Sketch of the medical history of the native army of Bombay, for the year
Year: 1875
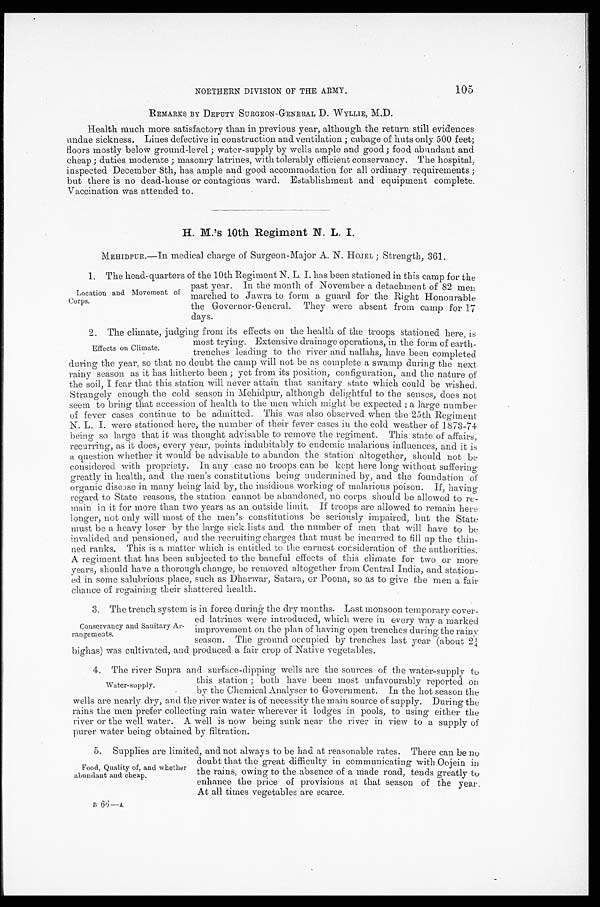
NORTHERN DIVISION OF THE ARMY.
105
REMARKS BY DEPUTY SURGEON-GENERAL D. WYLLIE, M.D.
Health much more satisfactory than in previous year, although the return still evidences
undue sickness. Lines defective in construction and ventilation; cubage of huts only 500 feet;
floors mostly below ground-level; water-supply by wells ample and good; food abundant and
cheap; duties moderate; masonry latrines, with tolerably efficient conservancy. The hospital,
inspected December 8th, has ample and good accommodation for all ordinary requirements;
but there is no dead-house or contagious ward. Establishment and equipment complete.
Vaccination was attended to.
H. M.'s 10th Regiment N. L. I.
MEHIDPUR.—In medical charge of Surgeon-Major A. N. HOJEL; Strength, 361.
1 . T h e h e a d - q u a r t e r s o f t h e 1 0 t h R e g i m e n t N . L . I . h a s b e e n s t a t i o n e d i n t h i s c a m p f o r t h e
past year. In the month of November a detachment of 82 men
marched to Jawra to form a guard for the Right Honourable
the Governor-General. They were absent from camp for 17
days.
2. The climate, judging from its effects on the health of the troops stationed here, is
most trying. Extensive drainage operations, in the form of earth
-trenches leading to the river and nallahs, have been completed
during the year, so that no doubt the camp will not be as complete a swamp during the next
rainy season as it has hitherto been; yet from its position, configuration, and the nature of
the soil, I fear that this station will never attain that sanitary state which could be wished.
Strangely enough the cold season in Mehidpur, although delightful to the senses, does not
seem to bring that accession of health to the men which might be expected; a large number
of fever cases continue to be admitted. This was also observed when the 25th Regiment
N. L. I. were stationed here, the number of their fever cases in the cold weather of 1873-74
being so large that it was thought advisable to remove the regiment. This state of affairs,
recurring, as it does, every year, points indubitably to endemic malarious influences, and it is
a question whether it would be advisable to abandon the station altogether, should not be
considered. with propriety. In any case no troops can be kept here long without suffering
greatly in health, and the men's constitutions being undermined by, and the foundation of
organic disease in many being laid by, the insidious working of malarious poison. If, having
regard to State reasons, the station cannot be abandoned, no corps should be allowed to re
-main in it for more than two years as an outside limit. If troops are allowed to remain here
longer, not only will most of the men's constitutions be seriously impaired, but the State
must be a heavy loser by the large sick lists and the number of men that will have to be
invalided and pensioned, and the recruiting charges that must be incurred to fill up the thin
-ned ranks. This is a matter which is entitled to the earnest consideration of the authorities.
A regiment that has been subjected to the baneful effects of this climate for two or more
years, should have a thorough change, be removed altogether from Central India, and station
-ed in some salubrious place, such as Dharwar, Satara, or Poona, so as to give the men a fair
chance of regaining their shattered health.
3. The trench system is in force during the dry months. Last monsoon temporary cover
-ed latrines were introduced, which were in every way a marked
improvement on the plan of having open trenches during the rainy
season. The ground occupied by trenches last year (about 2¼
b i g h a s ) w a s c u l t i v a t e d , a n d p r o d u c e d a f a i r c r o p o f N a t i v e v e g e t a b l e s .
4. The river Supra and surface-dipping wells are the sources of the water-supply to
this station; both have been most unfavourably reported on
by the Chemical Analyser to Government. In the hot season the
wells are nearly dry, and the river water is of necessity the main source of supply. During the
rains the men prefer collecting rain water wherever it lodges in pools, to using either the
river or the well water. A well is now being sunk near the river in view to a supply of
purer water being obtained by filtration.
5 . S u p p l i e s a r e l i m i t e d , a n d n o t a l w a y s t o b e h a d a t r e a s o n a b l e r a t e s . T h e r e c a n b e n o
doubt that the great difficulty in communicating with Oojein in
the rains, owing to the absence of a made road, tends greatly to
enhance the price of provisions at that season of the year.
At all times vegetables are scarce.
B 6 6 — A
Location and Movement of
Corps.
Effects on Climate.
Conservancy and Sanitary Ar
-rangements.
Water-supply.
Food, Quality of, and whether
abundant and cheap.